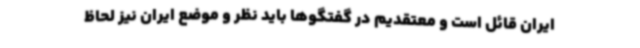
ایران قائل است و معتقدیم در گفتگوها باید نظر و موضع ایران نیز لحاظ